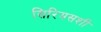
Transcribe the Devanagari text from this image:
सिरियसशी